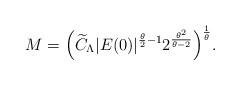
LaTeX: \begin{align*} M= \Big(\widetilde{C}_\Lambda |E (0 ) |^{\frac{\theta}{2}-1}2^{\frac{\theta^2}{\theta-2}}\Big)^{\frac{1}{\theta}}. \end{align*}